Report on vaccination in Madras 1922-1929 - 1922-1929
Year: 1922
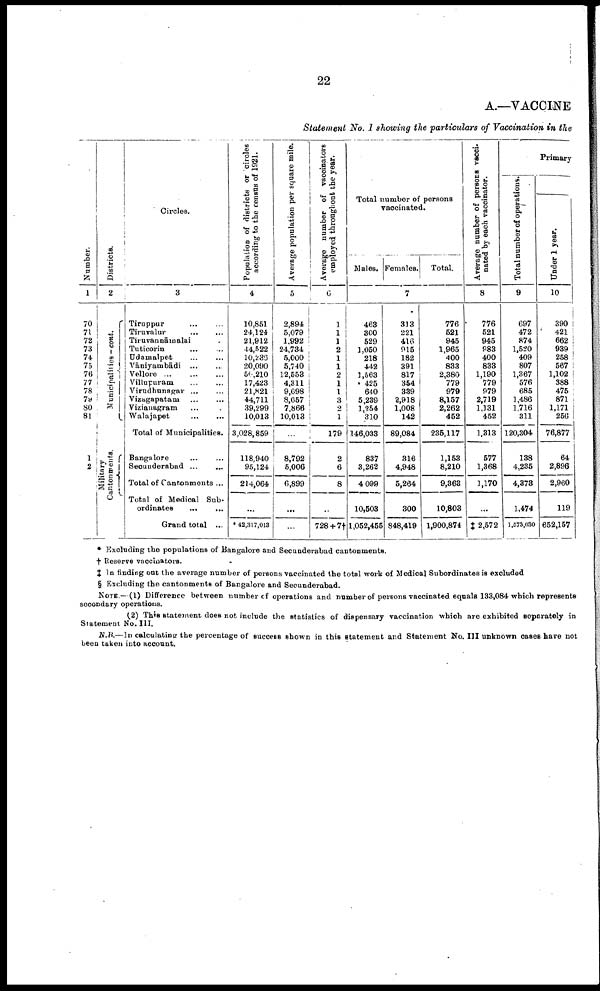
22
A.—VACCINE
Statement No. I showing the particulars of Vaccination in the
Number.
1
70
71
72
73
74
75
76
77
78
79
80
81
1
2
Districts.
2
Municipalities — cont.
Military
Cantonments.
Circles.
3
Tiruppur ... ...
Tiruvalur
...
...
Tiruvannāmalai ...
Tuticorin
... ...
Udamalpet ... ...
Vāniyambādi ... ...
Vellore
...
...
...
Villupuram ... ... ...
Virudhunagar
...
...
Vizagapatam
...
...
Vizianagram ... ...
Walajapet ... ...
Total of Municipalities.
Bangalore ... ...
Secunderabad
...
...
Total of Cantonments ...
Total of Medical Sub
ordinates
...
...
Grand total ...
Population of districts or circles
according to the census of 1921.
4
10,851
24,124
21,912
44,522
10,236
20,090
50,210
17,423
21,821
44,711
39,299
10,013
3,028,859
118,940
95,124
214,064
...
42,317,013
Average population per square mile.
5
2,894
5,079
1,992
24,734
5,000
5,740
12,553
4,311
9,698
8,657
7,866
10,013
...
8,792
5,006
6,899
...
...
Average number of vaccinators
employed throughout the year.
6
1
1
1
2
1
1
2
1
1
3
2
1
179
2
6
8
...
728+ 7†
Total number of persons
vaccinated.
Males. Females.
Total.
7
468
300
529
1,050
218
442
1,563
425
640
5,239
1,254
310
146,033
837
3,262
4 099
10,503
1,052,455
313
221
416
915
182
391
817
354
339
2,918
1,008
142
89,084
316
4,948
5,264
300
848,419
776
521
945
1,965
400
833
2,380
779
979
8,157
2,262
452
235,117
1,153
8,210
9,363
10,803
1,900,874
Average number of persons vacci
nated by each vaccinator.
8
776
521
945
983
400
833
1,190
779
979
2,719
1,131
452
1,313
577
1,368
1,170
...
† 2,572
Primary
Total number of operations.
9
697
472
874
1,520
409
807
1,367
576
685
1,486
1,716
311
120,304
138
4,235
4,373
1,474
1,573,030
Under 1 year.
10
390
421
662
939
258
567
1,102
388
475
871
1,171
256
76,877
64
2,896
2,960
119
652,157
* Excluding the populations of Bangalore and Secunderabad cantonments.
† Reserve vaccinators.
‡In finding out the average number of persons vaccinated the total work of Medical Subordinates is excluded
§ Excluding the cantonments of Bangalore and Secunderabad.
NOTE.—(1) Difference between number of operations and number of persons vaccinated equals 133,084 which represents
secondary operations.
(2) This statement does not include the statistics of dispensary vaccination which are exhibited separately in
Statement No. III.
N.B.—In calculating the percentage of success shown in this statement and Statement No. III unknown cases have not
been taken into account.